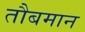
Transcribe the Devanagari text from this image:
तौबमान